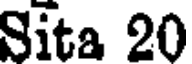
Sita 20